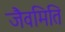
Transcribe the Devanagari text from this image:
जैवमिति